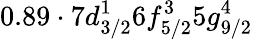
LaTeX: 0.89\cdot 7d_{3/2}^{1}6f_{5/2}^{3}5g_{9/2}^{4}